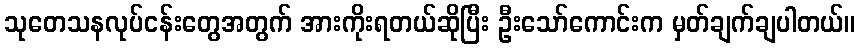
သုတေသနလုပ်ငန်းတွေအတွက် အားကိုးရတယ်ဆိုပြီး ဦးသော်ကောင်းက မှတ်ချက်ချပါတယ်။